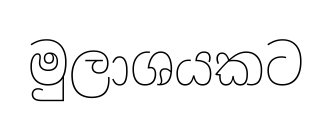
මුලාශයකට